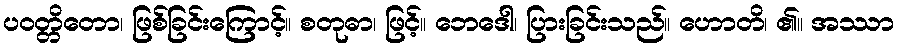
ပဝတ္တိတော၊ ဖြစ်ခြင်းကြောင့်။ စတုဓာ၊ ဖြင့်။ ဘေဒေါ၊ ပြားခြင်းသည်။ ဟောတိ၊ ၏။ အဿာ